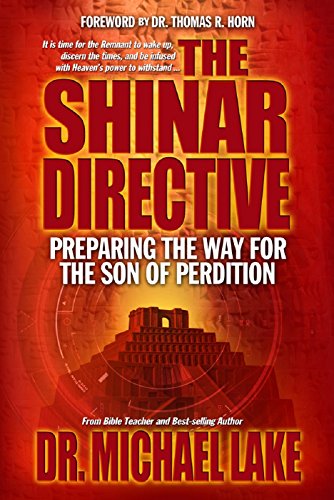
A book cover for The Shinar Directive: Preparing the Way for the Son of Perdition's Return; Michael Lake; Christian Books & Bibles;